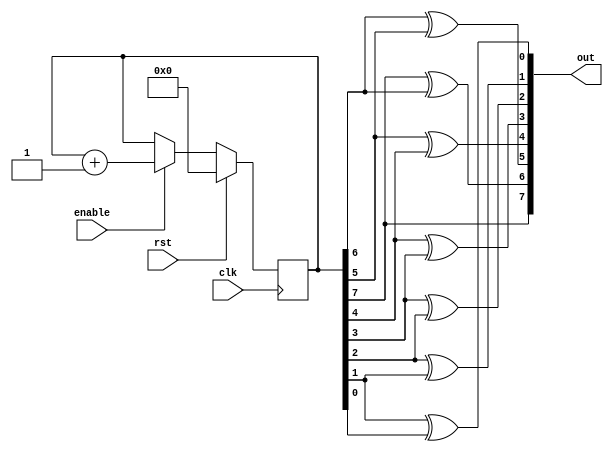
//-----------------------------------------------------
// Design Name : gray_counter
// Function    : 8 bit gray counterS
// Coder       : Deepak Kumar Tala
//-----------------------------------------------------
module gray_counter (
  out    , // counter out
  enable , // enable for counter
  clk    , // clock
  rst      // active hight reset
  );
  
  //------------Input Ports--------------
  input clk, rst, enable; 
  //----------Output Ports----------------
  output [ 7:0] out;
  //------------Internal Variables--------
  wire [7:0] out;
  reg [7:0] count;
  //-------------Code Starts Here---------
  always @ (posedge clk) 
  if (rst) 
    count <= 0; 
  else if (enable) 
    count <= count + 1; 
    
  assign out = { count[7], (count[7] ^ count[6]),(count[6] ^ 
               count[5]),(count[5] ^ count[4]), (count[4] ^ 
               count[3]),(count[3] ^ count[2]), (count[2] ^ 
               count[1]),(count[1] ^ count[0]) };
    
endmodule